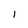
Character: l